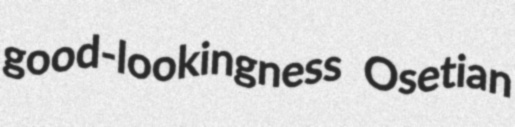
good-lookingness Osetian